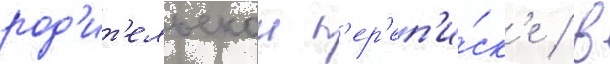
род'ит'ельскои п'ер'еп'и́ск'е / в